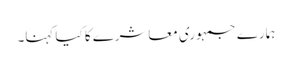
ہمارے جمہوری معاشرے کا کیا کہنا۔